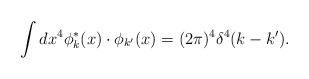
\begin{align*}\int dx^4 \phi^\ast_k(x)\cdot\phi_{k'}(x)=(2\pi)^4\delta^4(k-k').\end{align*}